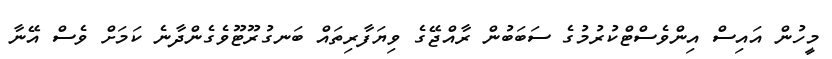
މީހުން އައިސް އިންވެސްޓްކުރުމުގެ ސަބަބުން ރާއްޖޭގެ ވިޔަފާރިތައް ބަނގުރޫޓޫވެގެންދާނެ ކަމަށް ވެސް އޭނާ